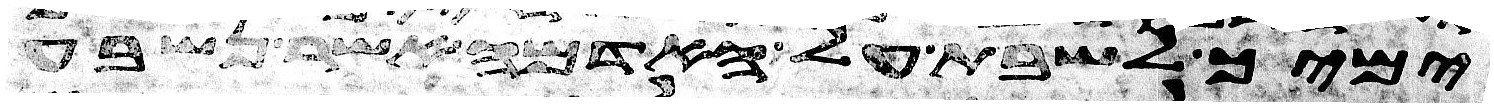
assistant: ימיך לשבת על האדמה אשר נשבע